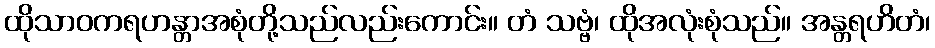
ထိုသာဝကရဟန္တာအစုံတို့သည်လည်းကောင်း။ တံ သဗ္ဗံ၊ ထိုအလုံးစုံသည်။ အန္တရဟိတံ၊